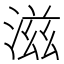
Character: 滋